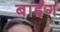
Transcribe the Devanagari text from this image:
बाईंग